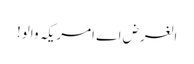
الغرض اے امریکہ والو!